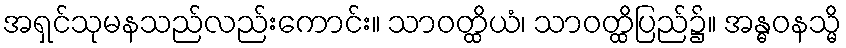
အရှင်သုမနသည်လည်းကောင်း။ သာဝတ္ထိယံ၊ သာဝတ္ထိပြည်၌။ အန္ဓဝနသ္မိ